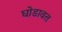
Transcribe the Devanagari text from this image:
घोडावत